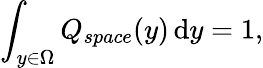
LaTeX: \int_{y\in\Omega}Q_{space}(y)\mathop{}\! \mathrm{d}y=1,